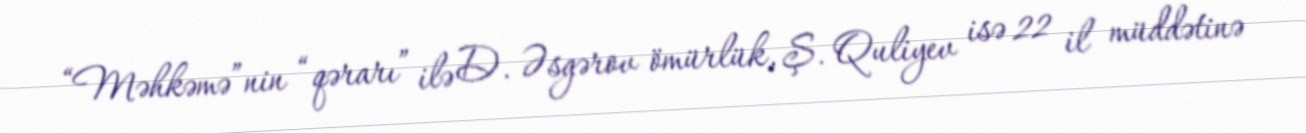
“Məhkəmə”nin “qərarı” ilə D. Əsgərov ömürlük, Ş. Quliyev isə 22 il müddətinə